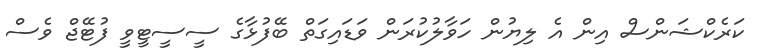
ކަރެކްޝަންސް އިން އެ ލިޔުން ހަވާލުކުރަން ވަޑައިގަތް ބޭފުޅާގެ ސީސީޓީވީ ފުޓޭޖް ވެސް